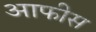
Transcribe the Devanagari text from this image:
आफीस